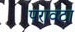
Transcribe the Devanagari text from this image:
परावठा